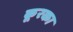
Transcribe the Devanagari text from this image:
कूरका